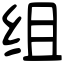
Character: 组